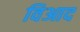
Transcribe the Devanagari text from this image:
विआद